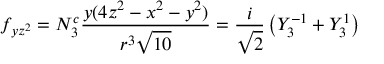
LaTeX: f _ { y z ^ { 2 } } = N _ { 3 } ^ { c } { \frac { y ( 4 z ^ { 2 } - x ^ { 2 } - y ^ { 2 } ) } { r ^ { 3 } { \sqrt { 1 0 } } } } = { \frac { i } { \sqrt { 2 } } } \left( Y _ { 3 } ^ { - 1 } + Y _ { 3 } ^ { 1 } \right)